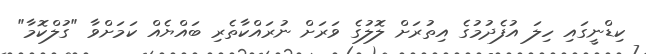
ކިޑްނީގައި ހިލަ އުފެދުމުގެ އިތުރަށް ލޮލުގެ ވަރަށް ނުރައްކާތެރި ބައްޔެއް ކަމަށްވާ "ގުލްކޮމާ"